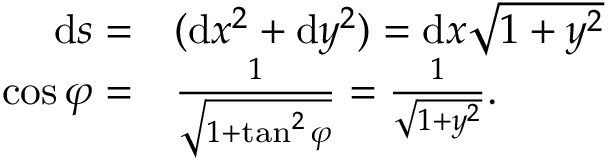
\begin{array} { r l } { \mathrm { d } s = } & { { } ( \mathrm { d } x ^ { 2 } + \mathrm { d } y ^ { 2 } ) = \mathrm { d } x \sqrt { 1 + y ^ { 2 } } } \\ { \cos \varphi = } & { { } \frac { 1 } { \sqrt { 1 + \tan ^ { 2 } \varphi } } = \frac { 1 } { \sqrt { 1 + y ^ { 2 } } } . } \end{array}